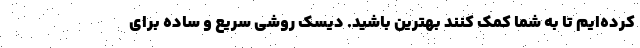
کرده‌ایم تا به شما کمک کنند بهترین باشید. دیسک روشی سریع و ساده برای